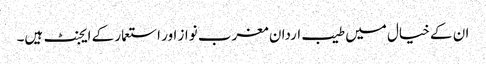
ان کے خیال میں طیب اردان مغرب نواز اور استعمار کے ایجنٹ ہیں۔